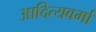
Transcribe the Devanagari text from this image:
आदित्यवर्मा